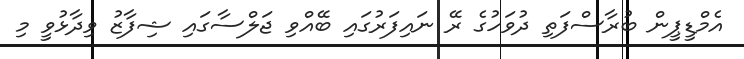
އެމްޑީޕީން ބުރާސްފަތި ދުވަހުގެ ރޭ ނައިފަރުގައި ބޭއްވި ޖަލްސާގައި ޝިފާޒު ވިދާޅުވީ މި